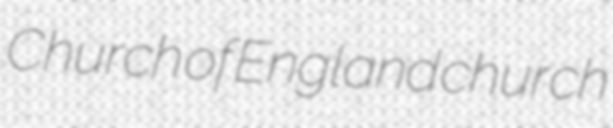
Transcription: Church of England church